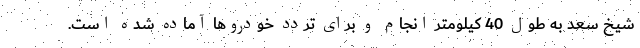
شیخ سعد به طول 40 کیلومتر انجام و برای تردد خودروها آماده شده است.